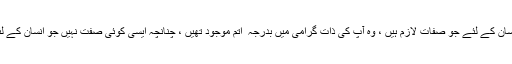
آپ ایک بے مثال شخصیت کے مالک تھے ، ایک کامل انسان کے لئے جو صفات لازم ہیں ، وہ آپ کی ذات گرامی میں بدرجہ ٔ اتم موجود تھیں ، چنانچہ ایسی کوئی صفت نہیں جو انسان کے لئے لازم ہو اور وہ مولائے کائنات میں نہیں پائی جاتی ہو ۔